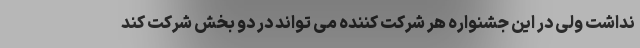
نداشت ولی در این جشنواره هر شرکت کننده می تواند در دو بخش شرکت کند